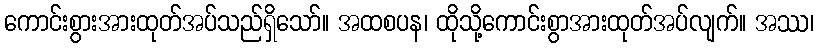
ကောင်းစွားအားထုတ်အပ်သည်ရှိသော်။ အထစပန၊ ထိုသို့ကောင်းစွာအားထုတ်အပ်လျက်။ အဿ၊